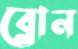
ব্লোন